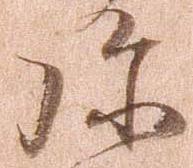
弥